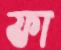
ফা